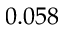
0 . 0 5 8